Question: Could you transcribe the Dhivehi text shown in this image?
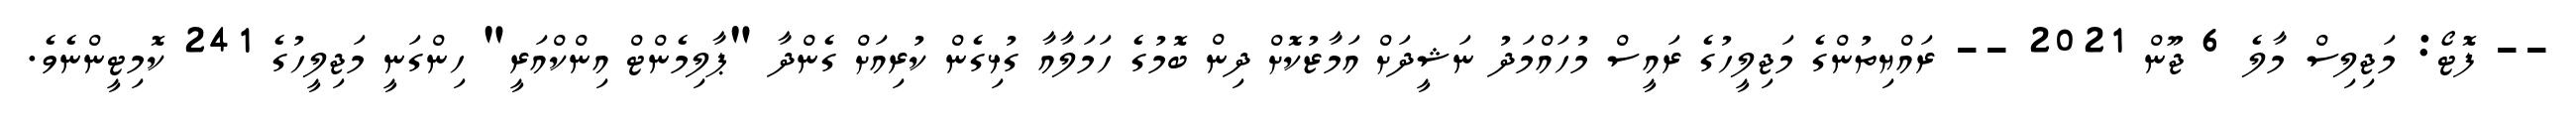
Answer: -- ފޮޓޯ: މަޖިލިސް މާލެ 6 ޖޫން 2021 -- ރައްޔިތުންގެ މަޖިލީހުގެ ރައީސް މުހައްމަދު ނަޝީދަށް އަމާޒުކޮށް ދިން ބޮމުގެ ހަމަލާއާ ގުޅިގެން ކުރިއަށް ގެންދާ "ޕާލިމެންޓް އިންކްއަރީ" ހިންގަނީ މަޖިލީހުގެ 241 ކޮމިޓީންނެވެ.